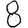
Digit: 8